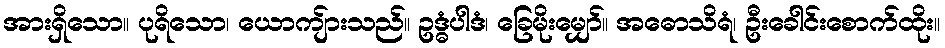
အားရှိသော။ ပုရိသော၊ ယောကျ်ားသည်။ ဥဒ္ဓံပါဒံ၊ ခြေမိုးမျှော်။ အဓောသိရံ၊ ဦးခေါင်းစောက်ထိုး။